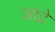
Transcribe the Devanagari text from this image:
आद्रे